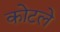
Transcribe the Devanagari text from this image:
कोटले